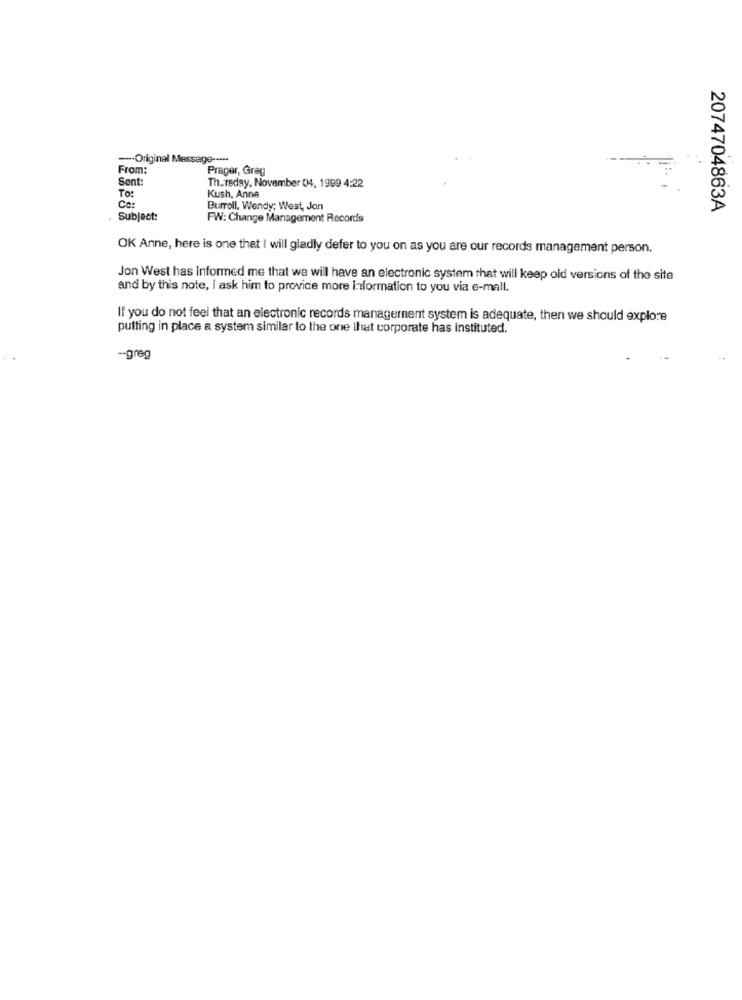
--- Original Message -····
From:
Prager, Greg
Sent:
Thursday, November 04, 1999 4:22
To:
Kush, Anne
Ce:
Burrell, Wendy; West, Jon
2074704863A
Subject:
FW: Change Management Records
OK Anne, here is one that I will gladly defer to you on as you are our records management person.
Jon West has informed me that we will have an electronic system that will keep old versions of the site
and by this note, I ask him to provide more information to you via e-mail.
If you do not feel that an electronic records managernent system is adequate, then we should explore
putting in place a system similar to the one that corporate has instituted.
-- greg